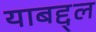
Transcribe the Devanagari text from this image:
याबद्द्ल